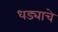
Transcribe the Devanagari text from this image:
धड्याचे